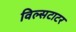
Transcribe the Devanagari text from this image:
विल्सटाटर